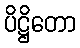
ပိဋ္ဌိတော